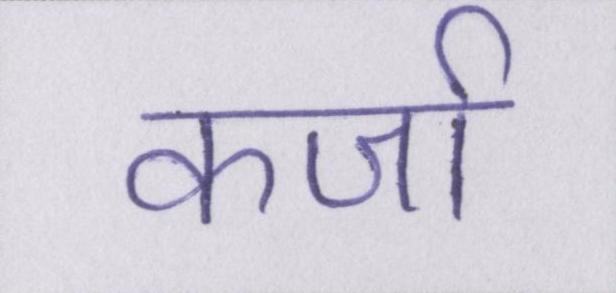
कर्जा